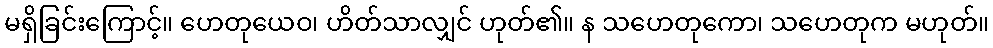
မရှိခြင်းကြောင့်။ ဟေတုယေဝ၊ ဟိတ်သာလျှင် ဟုတ်၏။ န သဟေတုကော၊ သဟေတုက မဟုတ်။